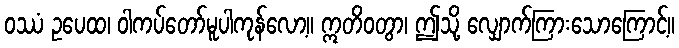
ဝဿံ ဥပေထ၊ ဝါကပ်တော်မူပါကုန်လော့။ ဣတိဝတွာ၊ ဤသို့ လျှောက်ကြားသောကြောင့်။